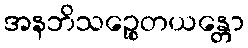
အနဘိသဉ္စေတယန္တော